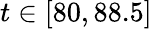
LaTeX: t\in[80,88.5]